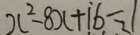
x ^ { 2 } - 8 x + 1 6 = 1